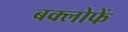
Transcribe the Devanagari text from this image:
बक्लोफें